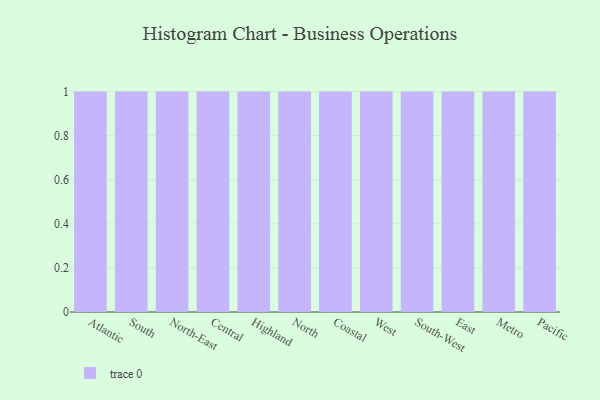
{"axis": {"x": "Region", "y": "Headcount"}, "legend": [""], "data": [{"x": "Atlantic", "y": 40, "type": ""}, {"x": "South", "y": 52, "type": ""}, {"x": "North-East", "y": 71, "type": ""}, {"x": "Central", "y": 35, "type": ""}, {"x": "Highland", "y": 48, "type": ""}, {"x": "North", "y": 100, "type": ""}, {"x": "Coastal", "y": 14, "type": ""}, {"x": "West", "y": 12, "type": ""}, {"x": "South-West", "y": 85, "type": ""}, {"x": "East", "y": 2, "type": ""}, {"x": "Metro", "y": 75, "type": ""}, {"x": "Pacific", "y": 93, "type": ""}]}